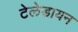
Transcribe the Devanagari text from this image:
टेलेडायन